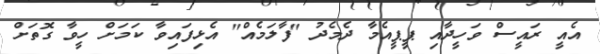
އެއީ ރައީސް ވަހީދާއި ޕީޕީއެމާ ދެމެދު "ފާލަމެއް" އެޅިފައިވާ ކަމަށް ހީވާ ގޮތަށް